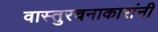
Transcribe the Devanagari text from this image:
वास्तुरचनाकारांनी